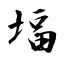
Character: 堛